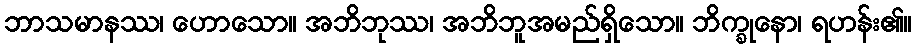
ဘာသမာနဿ၊ ဟောသော။ အဘိဘုဿ၊ အဘိဘူအမည်ရှိသော။ ဘိက္ခုနော၊ ရဟန်း၏။